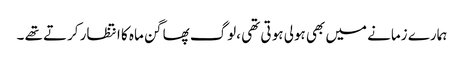
ہمارے زمانے میں بھی ہولی ہو تی تھی ،لوگ پھاگن ماہ کا انتظار کرتے تھے ۔